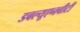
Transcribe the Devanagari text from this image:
डबल्यूएनबीटी